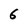
Character: 6